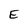
Character: E